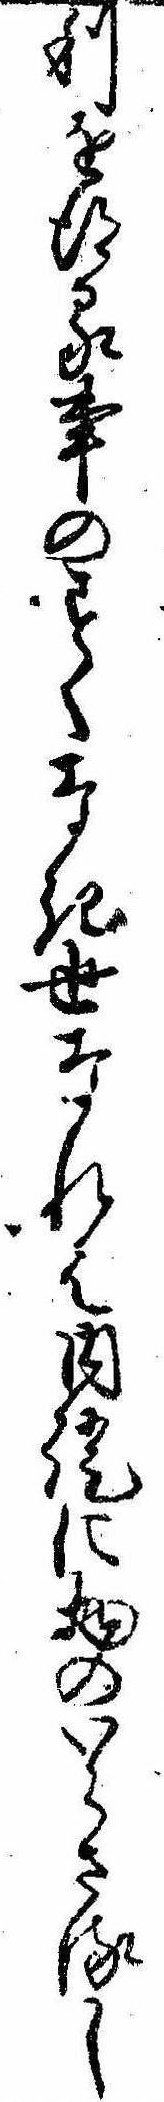
利を得る事のすくなき世なれは内証に物のいらさるし